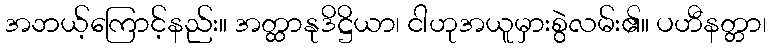
အဘယ့်ကြောင့်နည်း။ အတ္ထာနုဒိဋ္ဌိယာ၊ ငါဟုအယူမှားစွဲလမ်း၏။ ပဟီနတ္တာ၊